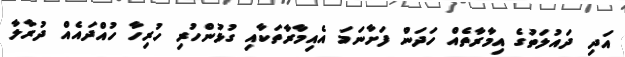
އަދި ދައުލަތުގެ އިމާރާތެއް ހަދަން ފަށާނަމަ އެއިމާރާތަކާއި ގުޅުންހުރި ހުރިހާ ހުއްދައެއް ދުރާލާ